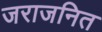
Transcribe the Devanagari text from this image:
जराजनित